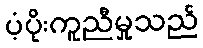
ပံ့ပိုးကူညီမှုသည်